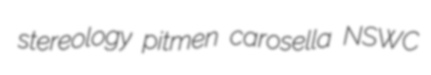
stereology pitmen carosella NSWC